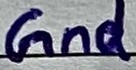
Text: Gnd